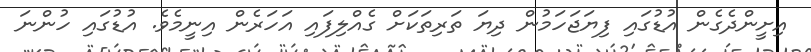
އިށީންދެގެން އުޑުގައި ފިޔަޖަހަމުން ދިޔަ ތަރިތަކަށް ގެއްލިފައި އަހަރެން އިނީމެވެ. އުޑުގައި ހުންނަ